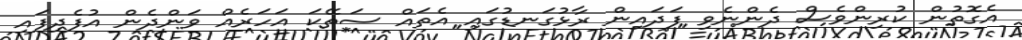
އެގޮތުން ކުރިންވެސް ދެންނެވި ފަދައިން ރާޅުގަނޑުގައި އެތައް ސަތޭކަ އަހަރެއް ވަންދެން އުފެދިފައި